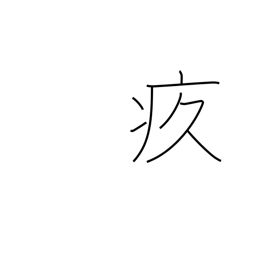
Meaning: painful